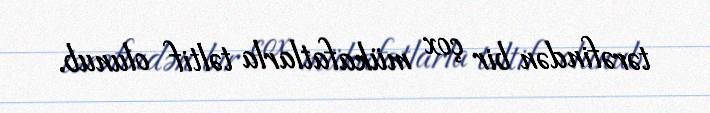
tərəfindən bir çox mükafatlarla təltif olunub.